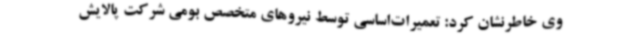
وی خاطرنشان کرد: تعمیرات‌اساسی توسط نیروهای متخصص بومی شرکت پالایش